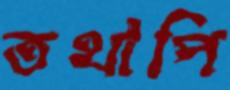
তথাপি